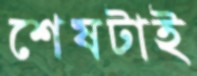
শেষটাই